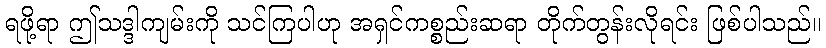
ရဖို့ရာ ဤသဒ္ဒါကျမ်းကို သင်ကြပါဟု အရှင်ကစ္စည်းဆရာ တိုက်တွန်းလိုရင်း ဖြစ်ပါသည်။